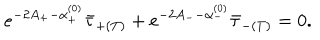
e ^ { - 2 A _ { + } - \alpha _ { + } ^ { ( 0 ) } } \bar { \tau } _ { + ( T ) } + e ^ { - 2 A _ { -- } \alpha _ { - } ^ { ( 0 ) } } \bar { \tau } _ { - ( T ) } = 0 .